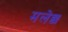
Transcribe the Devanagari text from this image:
मलेछ